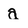
Character: a